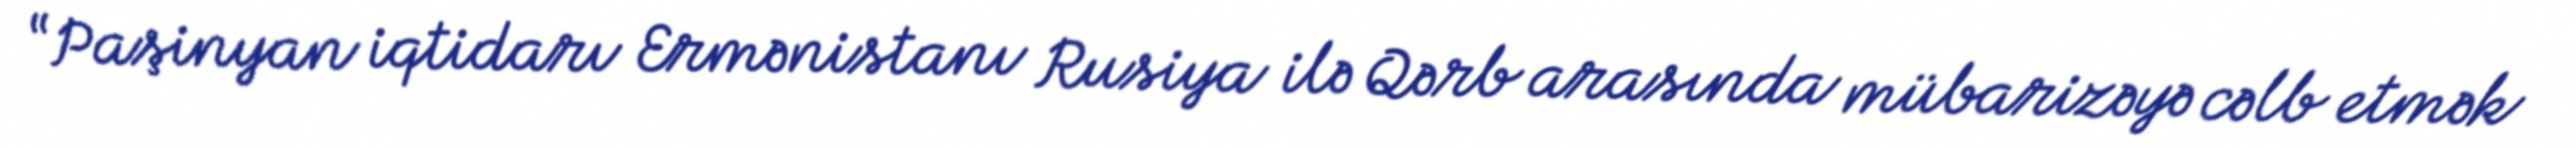
“Paşinyan iqtidarı Ermənistanı Rusiya ilə Qərb arasında mübarizəyə cəlb etmək